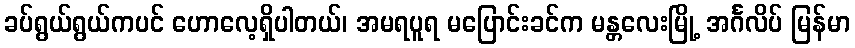
ခပ်ရွယ်ရွယ်ကပင် ဟောလေ့ရှိပါတယ်၊ အမရပူရ မပြောင်းခင်က မန္တလေးမြို့ အင်္ဂလိပ် မြန်မာ